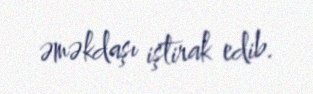
əməkdaşı iştirak edib.